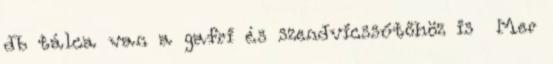
db tálca van a gafri és szendvicssűtőhöz is Mer